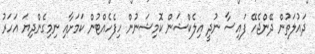
ދައުލަތުން ދޭންޖެހޭ ފައިސާ ނުދީ އިލެކްޝަން ކޮމިޝަނުން ހިފެހެއްޓުން ކަމަށާއި ނިމިގެންދިޔަ އަހަރު